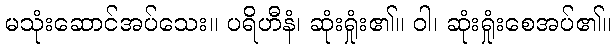
မသုံးဆောင်အပ်သေး။ ပရိဟီနံ၊ ဆုံးရှုံး၏။ ဝါ၊ ဆုံးရှုံးစေအပ်၏။